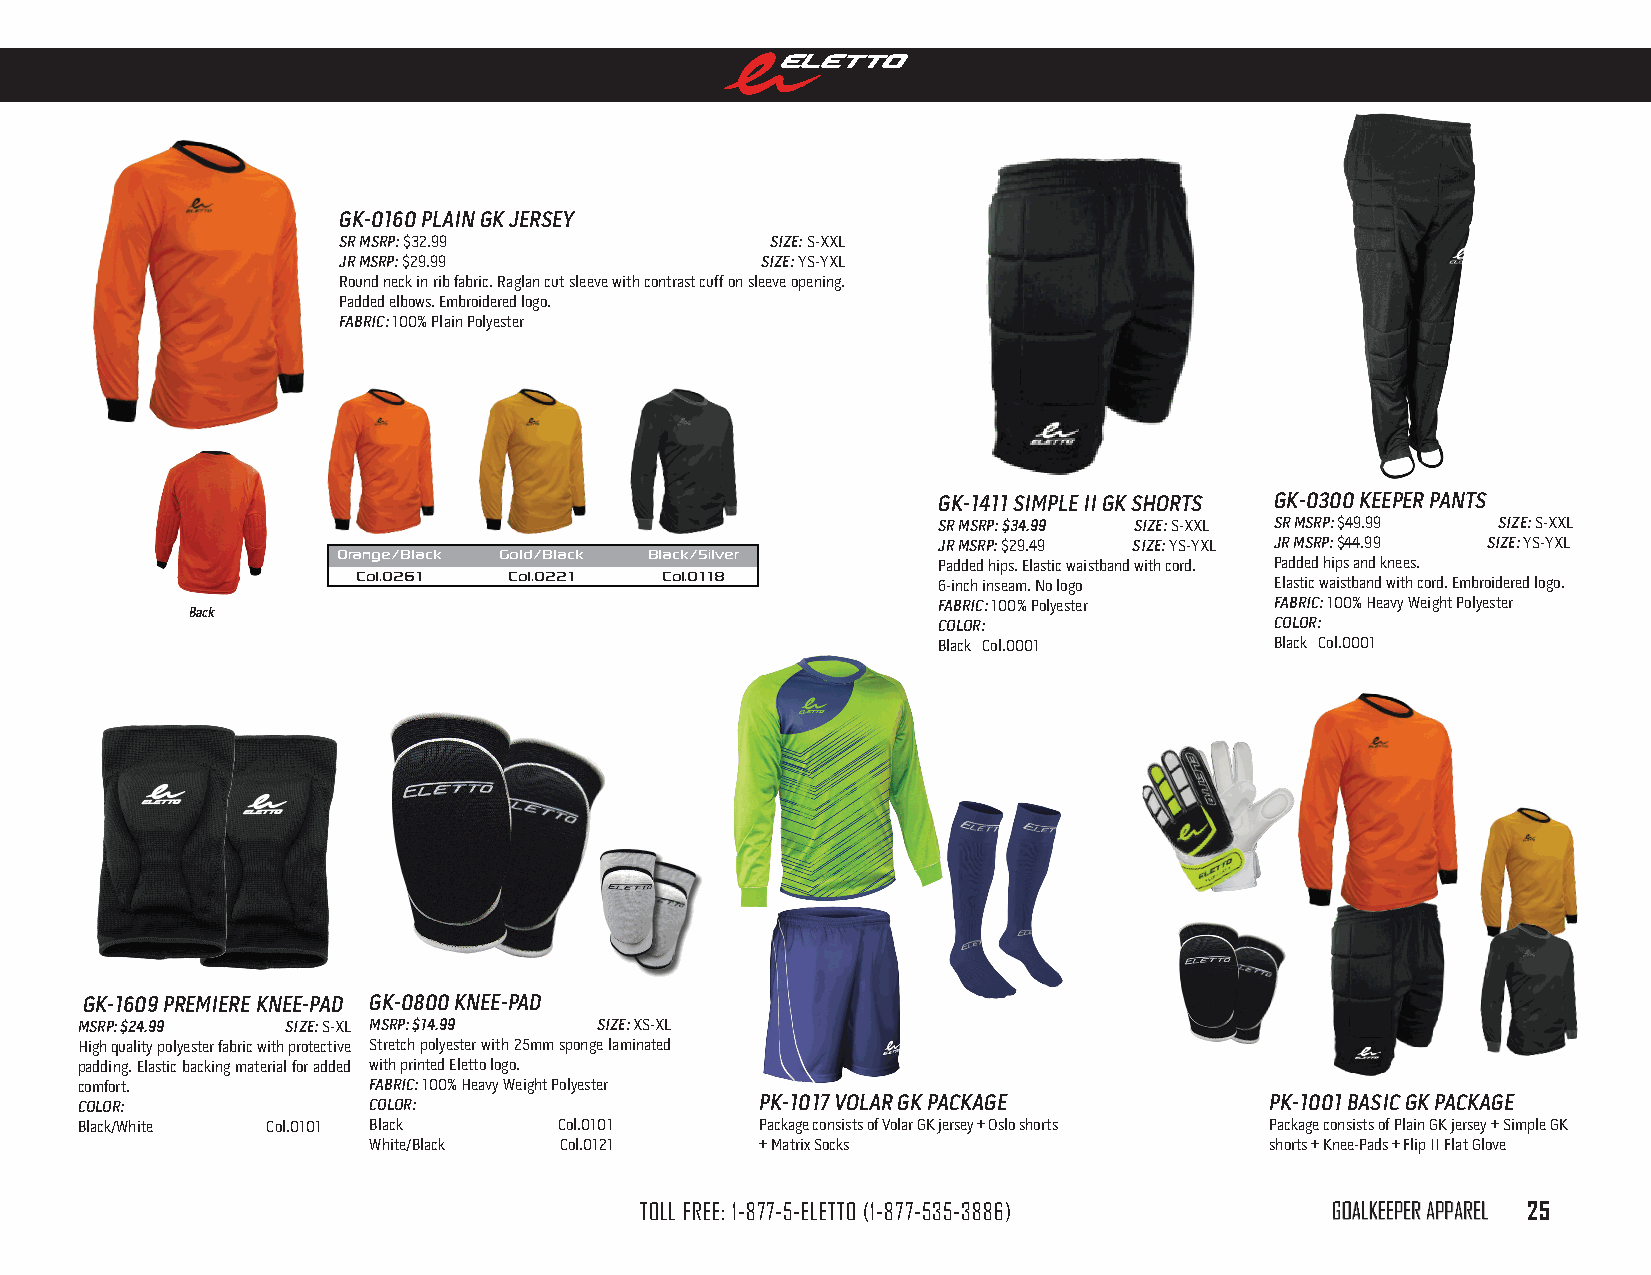
gk-0160 PlAin gk Jersey
 sr msrP: $32.99              size: S-XXL
 Jr msrP: $29.99             size: YS-YXL
 Round neck in rib fabric. Raglan cut sleeve with contrast cuff on sleeve opening.
 Padded elbows. Embroidered logo.
 FABric: 100% Plain Polyester
 gk-1411 simPle ii gk shorTs gk-0300 keePer PAnTs
 sr msrP: $34.99 size: S-XXL sr msrP: $49.99 size: S-XXL
 Jr msrP: $29.49 size: YS-YXL Jr msrP: $44.99 size: YS-YXL
 orange/Black Gold/Black Black/silver
 Padded hips. Elastic waistband with cord. Padded hips and knees.
 col.0261  col.0221  col.0118
 6-inch inseam. No logo Elastic waistband with cord. Embroidered logo.
 FABric: 100% Polyester FABric: 100% Heavy Weight Polyester
 Back
 color:                color:
 Black Col.0001        Black Col.0001
 gk-1609 Premiere knee-PAd gk-0800 knee-PAd
 msrP: $24.99  size: S-XL msrP: $14.99 size: XS-XL
 High quality polyester fabric with protective Stretch polyester with 25mm sponge laminated
 padding. Elastic backing material for added with printed Eletto logo.
 comfort.           FABric: 100% Heavy Weight Polyester
 color:             color:                    Pk-1017 volAr gk PAckAge          Pk-1001 BAsic gk PAckAge
 Black/White  Col.0101 Black     Col.0101     Package consists of Volar GK jersey + Oslo shorts Package consists of Plain GK jersey + Simple GK
 White/Black  Col.0121     + Matrix Socks                    shorts + Knee-Pads + Flip II Flat Glove
 TOLL FREE: 1-877-5-ELETTO (1-877-535-3886)    GOaLKEEpER appaREL 25